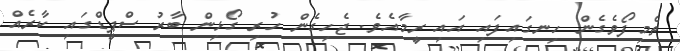
ތެމިފޯވެގެން ހިނގައިފައި އައި ރީމާއެވެ. ޖެހިގެން ހުރި ގޯޅިން ބާރު ސްޕީޑްގައި ކާރެއް